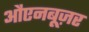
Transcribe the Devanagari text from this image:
औएनबूज़र